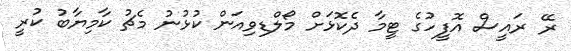
ރޭ ރައީސް އޮފީހުގެ ޓީމާ ދެކޮޅަށް މޯލްޑިވިއަން ކުޅުނު މެޗު ކާމިޔާބު ކުރީ